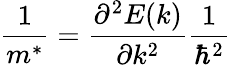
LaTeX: \frac{1}{m^{*}}=\frac{\partial^{2}E(k)}{\partial k^{2}}\frac{1}{\hbar^{2}}